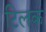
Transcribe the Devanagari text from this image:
टिलक